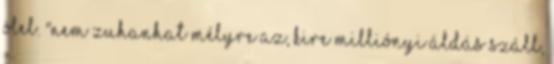
ölel. "Nem zuhanhat mélyre az, kire milliónyi áldás száll,